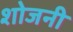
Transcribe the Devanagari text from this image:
शोजनी